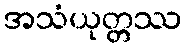
အသံယုတ္တဿ